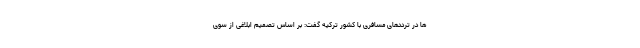
ها در ترددهای مسافری با کشور ترکیه گفت: بر اساس تصمیم ابلاغی از سوی